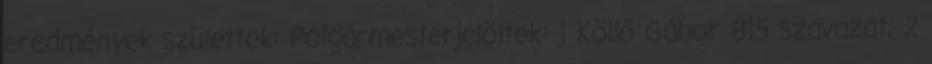
eredmények születtek: Polgármesterjelöltek: 1 Köllő Gábor 815 szavazat; 2